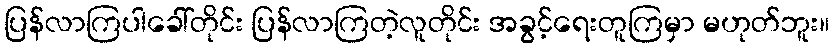
ပြန်လာကြပါခေါ်တိုင်း ပြန်လာကြတဲ့လူတိုင်း အခွင့်ရေးတူကြမှာ မဟုတ်ဘူး။